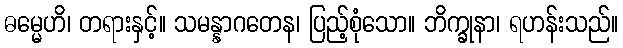
ဓမ္မေဟိ၊ တရားနှင့်။ သမန္နာဂတေန၊ ပြည့်စုံသော။ ဘိက္ခုနာ၊ ရဟန်းသည်။